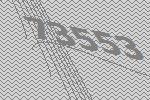
73553